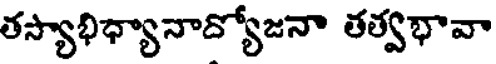
తస్యాభిధ్యానాద్యోజనా తత్వభావా